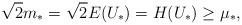
LaTeX: \begin{align*}\sqrt{2}m_*=\sqrt{2}E(U_{*})=H(U_{*})\geq \mu_*,\end{align*}